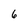
Character: 6